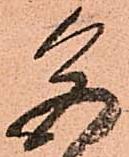
色